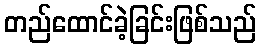
တည်ထောင်ခဲ့ခြင်းဖြစ်သည်